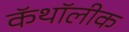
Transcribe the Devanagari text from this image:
कॅथॉलीक